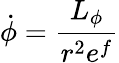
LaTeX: \dot{\phi}=\frac{L_{\phi}}{r^{2}e^{f}}